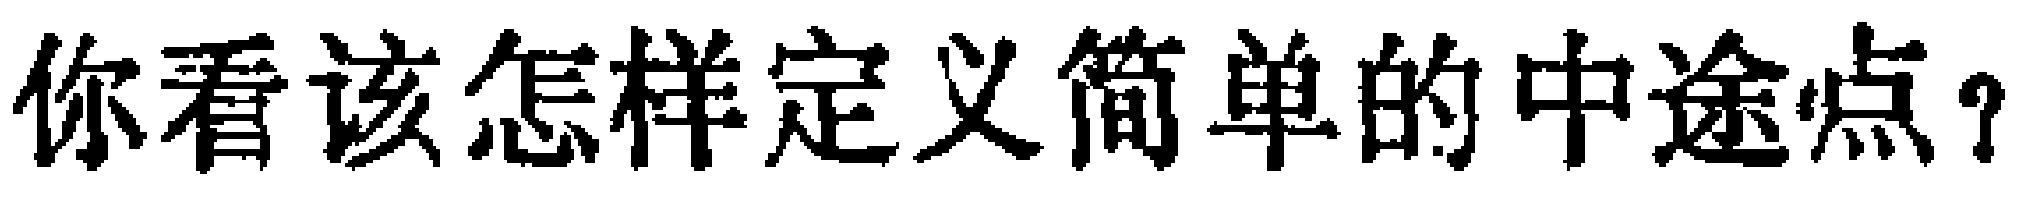
你看该怎样定义简单的中途点？